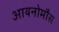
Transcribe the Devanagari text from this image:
आयनोमौस